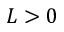
L > 0